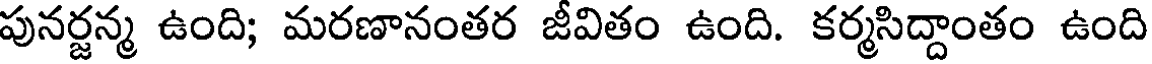
పునర్జన్మ ఉంది; మరణానంతర జీవితం ఉంది. కర్మసిద్దాంతం ఉంది